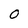
Character: 0